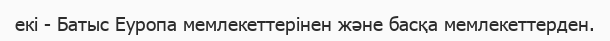
екі - Батыс Еуропа мемлекеттерінен және басқа мемлекеттерден.